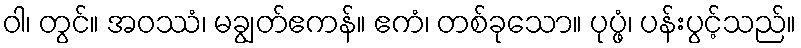
ဝါ၊ တွင်။ အဝဿံ၊ မချွတ်ဧကန်။ ဧကံ၊ တစ်ခုသော။ ပုပ္ဖံ၊ ပန်းပွင့်သည်။